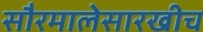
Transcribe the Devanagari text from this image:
सौरमालेसारखीच